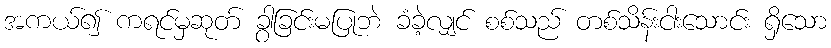
အကယ်၍ ကရင်မှဆုတ် ခွာခြင်းမပြုဘဲ ခံခဲ့လျှင် စစ်သည် တစ်သိန်းငါးသောင်း ရှိသော